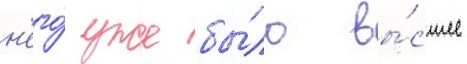
н'его́ уже бы́ло вы́сшее